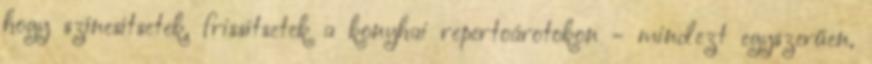
hogy színesítsetek, frissítsetek a konyhai repertoárotokon - mindezt egyszerűen,